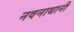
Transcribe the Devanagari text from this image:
नवनाथानी